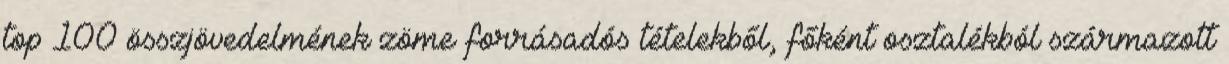
top 100 összjövedelmének zöme forrásadós tételekből, főként osztalékból származott